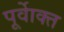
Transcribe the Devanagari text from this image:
पूर्वाेक्त